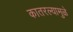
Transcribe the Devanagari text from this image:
कातरल्यामुळे